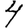
Digit: 4